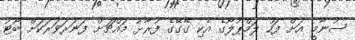
ސުނާމީ އަށް ފަހު ލަމްޕުލޯގެ އެކި ގޭގޭގެ ފުރާޅު މައްޗަށް ފަނަރަވަރަކަށް ބޯޓު